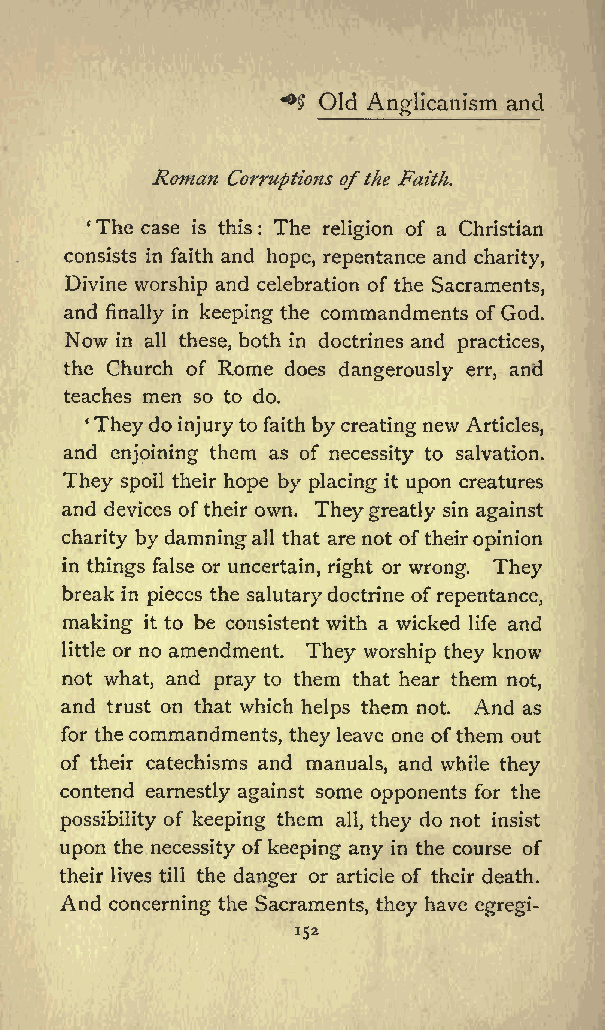
Old          and
 Anglicanism
 Roman
 Corruptions ofthe Faith.
 The case is this : The religion of a Christian
 consists in faith and hope, repentance and charity,
 Divine worship and celebration of the Sacraments,
 and finally in keeping the commandments of God.
 Now in all these, both in doctrines and practices,
 the Church of Rome does dangerously err, and
 teaches men so to do.
 Theydo injury to faith bycreating new Articles,
 and enjoining them as of necessity to salvation.
 They spoil their hope by placing it upon creatures
 and devices oftheir own. Theygreatly sin against
 charity by damningall that arenot oftheiropinion
 in things false or uncertain, right or wrong. They
 break in pieces the salutarydoctrine ofrepentance,
 making it to be consistent with a wicked life and
 little or no amendment. They worship they know
 not what, and pray to them that hear them not,
 and trust on that which helps them not. And as
 for thecommandments, they leave one ofthem out
 of their catechisms and manuals, and while they
 contend earnestly against some opponents for the
 possibility of keeping them all, they do not insist
 upon the necessity ofkeeping any in the course of
 their lives till the danger or article of their death.
 And concerning the Sacraments, they have egregi-
 152